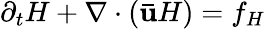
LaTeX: \partial_{t}H+\nabla\cdot(\mathbf{\bar{u}}H)=f_{H}